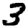
Digit: 3